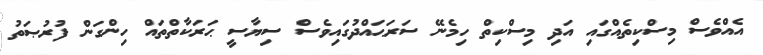
އެއްވެސް މިސްކިތެއްގައި އަދި މިސްކިތް ހިމެނޭ ސަރަޙައްދުގައިވެސް ސިޔާސީ ޙަރަކާތްތައް ހިންގަން ފުރުޞަތު